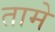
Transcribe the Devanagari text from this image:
तामे